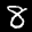
Label: 8